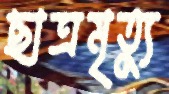
ছাত্রমৃত্যু